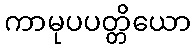
ကာမုပပတ္တိယော